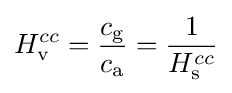
H_{\rm {v}}^{cc}={\frac {c_{\text{g}}}{c_{\text{a}}}}={\frac {1}{H_{\rm {s}}^{cc}}}